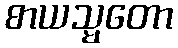
စာယသ္မတော